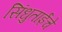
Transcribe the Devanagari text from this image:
सिंधुताईंचे